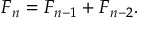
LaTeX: F _ { n } = F _ { n - 1 } + F _ { n - 2 } .